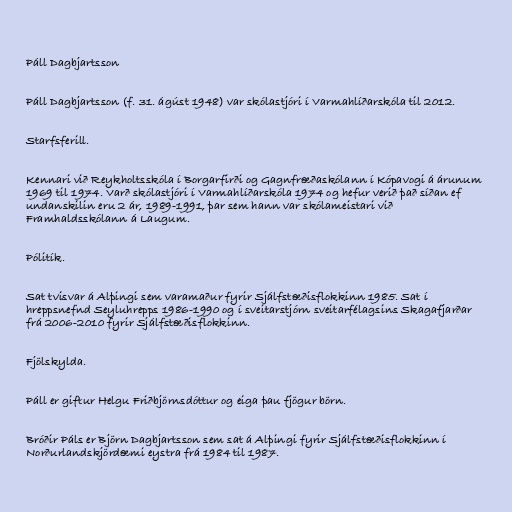
Páll Dagbjartsson

Páll Dagbjartsson (f. 31. ágúst 1948) var skólastjóri í Varmahlíðarskóla til 2012.

Starfsferill.

Kennari við Reykholtsskóla í Borgarfirði og Gagnfræðaskólann í Kópavogi á árunum
1969 til 1974. Varð skólastjóri í Varmahlíðarskóla 1974 og hefur verið það síðan ef
undanskilin eru 2 ár, 1989-1991, þar sem hann var skólameistari við
Framhaldsskólann á Laugum.

Pólitík.

Sat tvisvar á Alþingi sem varamaður fyrir Sjálfstæðisflokkinn 1985. Sat í
hreppsnefnd Seyluhrepps 1986-1990 og í sveitarstjórn sveitarfélagsins Skagafjarðar
frá 2006-2010 fyrir Sjálfstæðisflokkinn.

Fjölskylda.

Páll er giftur Helgu Friðbjörnsdóttur og eiga þau fjögur börn.

Bróðir Páls er Björn Dagbjartsson sem sat á Alþingi fyrir Sjálfstæðisflokkinn í
Norðurlandskjördæmi eystra frá 1984 til 1987.